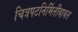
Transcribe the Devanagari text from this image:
चित्रपटनिर्मितीबाबत